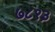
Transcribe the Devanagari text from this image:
७८१३